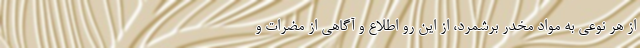
از هر نوعی به مواد مخدر برشمرد، از این رو اطلاع و آگاهی از مضرات و